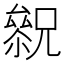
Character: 𠬓